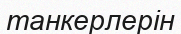
танкерлерін